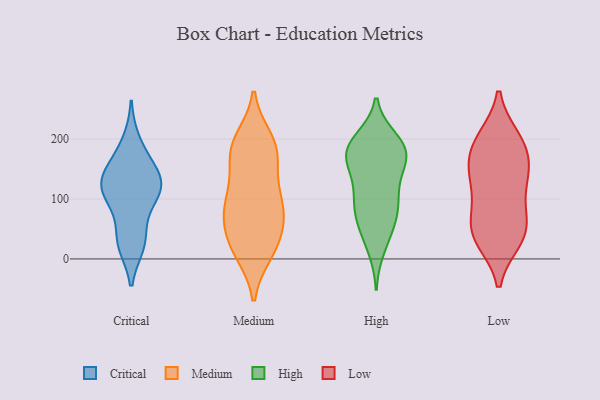
{"axis": {"x": "Net Income (USD K)", "y": "Value"}, "legend": ["Critical", "High", "Low", "Medium"], "data": [{"x": "", "y": 110, "type": "Critical"}, {"x": "", "y": 25, "type": "Critical"}, {"x": "", "y": 195, "type": "Critical"}, {"x": "", "y": 98, "type": "Critical"}, {"x": "", "y": 32, "type": "Critical"}, {"x": "", "y": 159, "type": "Critical"}, {"x": "", "y": 131, "type": "Critical"}, {"x": "", "y": 110, "type": "Critical"}, {"x": "", "y": 31, "type": "Critical"}, {"x": "", "y": 119, "type": "Critical"}, {"x": "", "y": 150, "type": "Critical"}, {"x": "", "y": 129, "type": "Critical"}, {"x": "", "y": 14, "type": "Medium"}, {"x": "", "y": 56, "type": "Medium"}, {"x": "", "y": 188, "type": "Medium"}, {"x": "", "y": 10, "type": "Medium"}, {"x": "", "y": 96, "type": "Medium"}, {"x": "", "y": 194, "type": "Medium"}, {"x": "", "y": 161, "type": "Medium"}, {"x": "", "y": 57, "type": "Medium"}, {"x": "", "y": 102, "type": "Medium"}, {"x": "", "y": 70, "type": "Medium"}, {"x": "", "y": 177, "type": "Medium"}, {"x": "", "y": 79, "type": "Medium"}, {"x": "", "y": 97, "type": "Medium"}, {"x": "", "y": 177, "type": "Medium"}, {"x": "", "y": 30, "type": "Medium"}, {"x": "", "y": 14, "type": "Medium"}, {"x": "", "y": 124, "type": "Medium"}, {"x": "", "y": 200, "type": "Medium"}, {"x": "", "y": 172, "type": "High"}, {"x": "", "y": 104, "type": "High"}, {"x": "", "y": 195, "type": "High"}, {"x": "", "y": 170, "type": "High"}, {"x": "", "y": 198, "type": "High"}, {"x": "", "y": 176, "type": "High"}, {"x": "", "y": 85, "type": "High"}, {"x": "", "y": 86, "type": "High"}, {"x": "", "y": 123, "type": "High"}, {"x": "", "y": 177, "type": "High"}, {"x": "", "y": 54, "type": "High"}, {"x": "", "y": 176, "type": "High"}, {"x": "", "y": 46, "type": "High"}, {"x": "", "y": 82, "type": "High"}, {"x": "", "y": 181, "type": "High"}, {"x": "", "y": 18, "type": "High"}, {"x": "", "y": 137, "type": "High"}, {"x": "", "y": 170, "type": "Low"}, {"x": "", "y": 200, "type": "Low"}, {"x": "", "y": 38, "type": "Low"}, {"x": "", "y": 36, "type": "Low"}, {"x": "", "y": 198, "type": "Low"}, {"x": "", "y": 138, "type": "Low"}, {"x": "", "y": 134, "type": "Low"}, {"x": "", "y": 55, "type": "Low"}, {"x": "", "y": 156, "type": "Low"}, {"x": "", "y": 33, "type": "Low"}, {"x": "", "y": 60, "type": "Low"}, {"x": "", "y": 84, "type": "Low"}, {"x": "", "y": 193, "type": "Low"}, {"x": "", "y": 122, "type": "Low"}]}